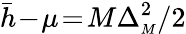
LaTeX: \bar{h}\! -\! \mu\! =\! M\Delta_{{\scriptscriptstyle M}}^{2}/2